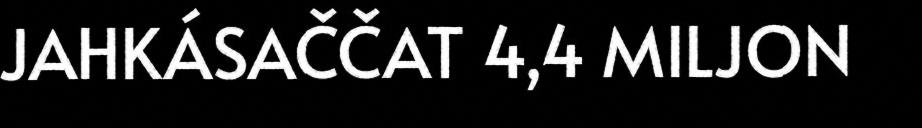
JAHKÁSAČČAT 4,4 MILJON